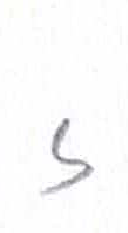
אות: ז